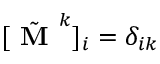
[ \tilde { \textbf { M } } ^ { k } ] _ { i } = \delta _ { i k }